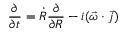
\frac { \partial } { \partial t } = \dot { R } \frac { \partial } { \partial R } - i ( \vec { \omega } \cdot \vec { j } )